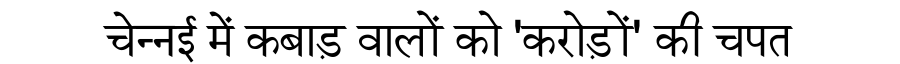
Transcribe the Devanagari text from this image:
चेन्नई में कबाड़ वालों को 'करोड़ों' की चपत